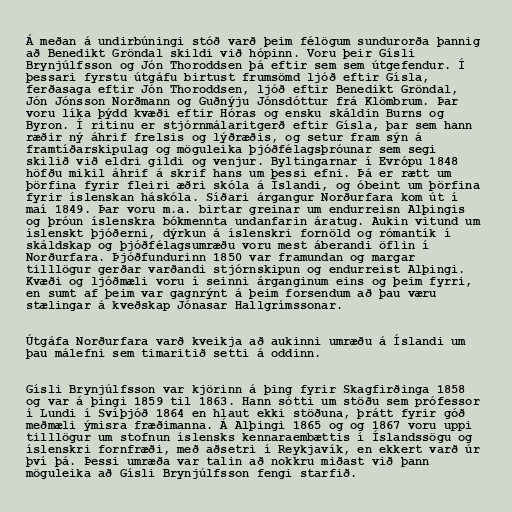
Á meðan á undirbúningi stóð varð þeim félögum sundurorða þannig
að Benedikt Gröndal skildi við hópinn. Voru þeir Gísli
Brynjúlfsson og Jón Thoroddsen þá eftir sem sem útgefendur. Í
þessari fyrstu útgáfu birtust frumsömd ljóð eftir Gísla,
ferðasaga eftir Jón Thoroddsen, ljóð eftir Benedikt Gröndal,
Jón Jónsson Norðmann og Guðnýju Jónsdóttur frá Klömbrum. Þar
voru líka þýdd kvæði eftir Hóras og ensku skáldin Burns og
Byron. Í ritinu er stjórnmálaritgerð eftir Gísla, þar sem hann
ræðir ný áhrif frelsis og lýðræðis, og setur fram sýn á
framtíðarskipulag og möguleika þjóðfélagsþróunar sem segi
skilið við eldri gildi og venjur. Byltingarnar í Evrópu 1848
höfðu mikil áhrif á skrif hans um þessi efni. Þá er rætt um
þörfina fyrir fleiri æðri skóla á Íslandi, og óbeint um þörfina
fyrir íslenskan háskóla. Síðari árgangur Norðurfara kom út í
maí 1849. Þar voru m.a. birtar greinar um endurreisn Alþingis
og þróun íslenskra bókmennta undanfarin áratug. Aukin vitund um
íslenskt þjóðerni, dýrkun á íslenskri fornöld og rómantík í
skáldskap og þjóðfélagsumræðu voru mest áberandi öflin í
Norðurfara. Þjóðfundurinn 1850 var framundan og margar
tilllögur gerðar varðandi stjórnskipun og endurreist Alþingi.
Kvæði og ljóðmæli voru í seinni árganginum eins og þeim fyrri,
en sumt af þeim var gagnrýnt á þeim forsendum að þau væru
stælingar á kveðskap Jónasar Hallgrímssonar.

Útgáfa Norðurfara varð kveikja að aukinni umræðu á Íslandi um
þau málefni sem timaritið setti á oddinn.

Gísli Brynjúlfsson var kjörinn á þing fyrir Skagfirðinga 1858
og var á þingi 1859 til 1863. Hann sótti um stöðu sem prófessor
í Lundi í Svíþjóð 1864 en hlaut ekki stöðuna, þrátt fyrir góð
meðmæli ýmisra fræðimanna. Á Alþingi 1865 og og 1867 voru uppi
tilllögur um stofnun íslensks kennaraembættis í Íslandssögu og
íslenskri fornfræði, með aðsetri í Reykjavík, en ekkert varð úr
því þá. Þessi umræða var talin að nokkru miðast við þann
möguleika að Gísli Brynjúlfsson fengi starfið.